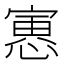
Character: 𫳾